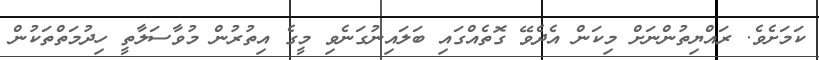
ކަމަށެވެ. ރައްޔިތުންނަށް މިކަން އެދެވޭ ގޮތެއްގައި ބަލައިނުގަނެވި މީގެ އިތުރުން މުވާސަލާތީ ހިދުމަތްތަކުން